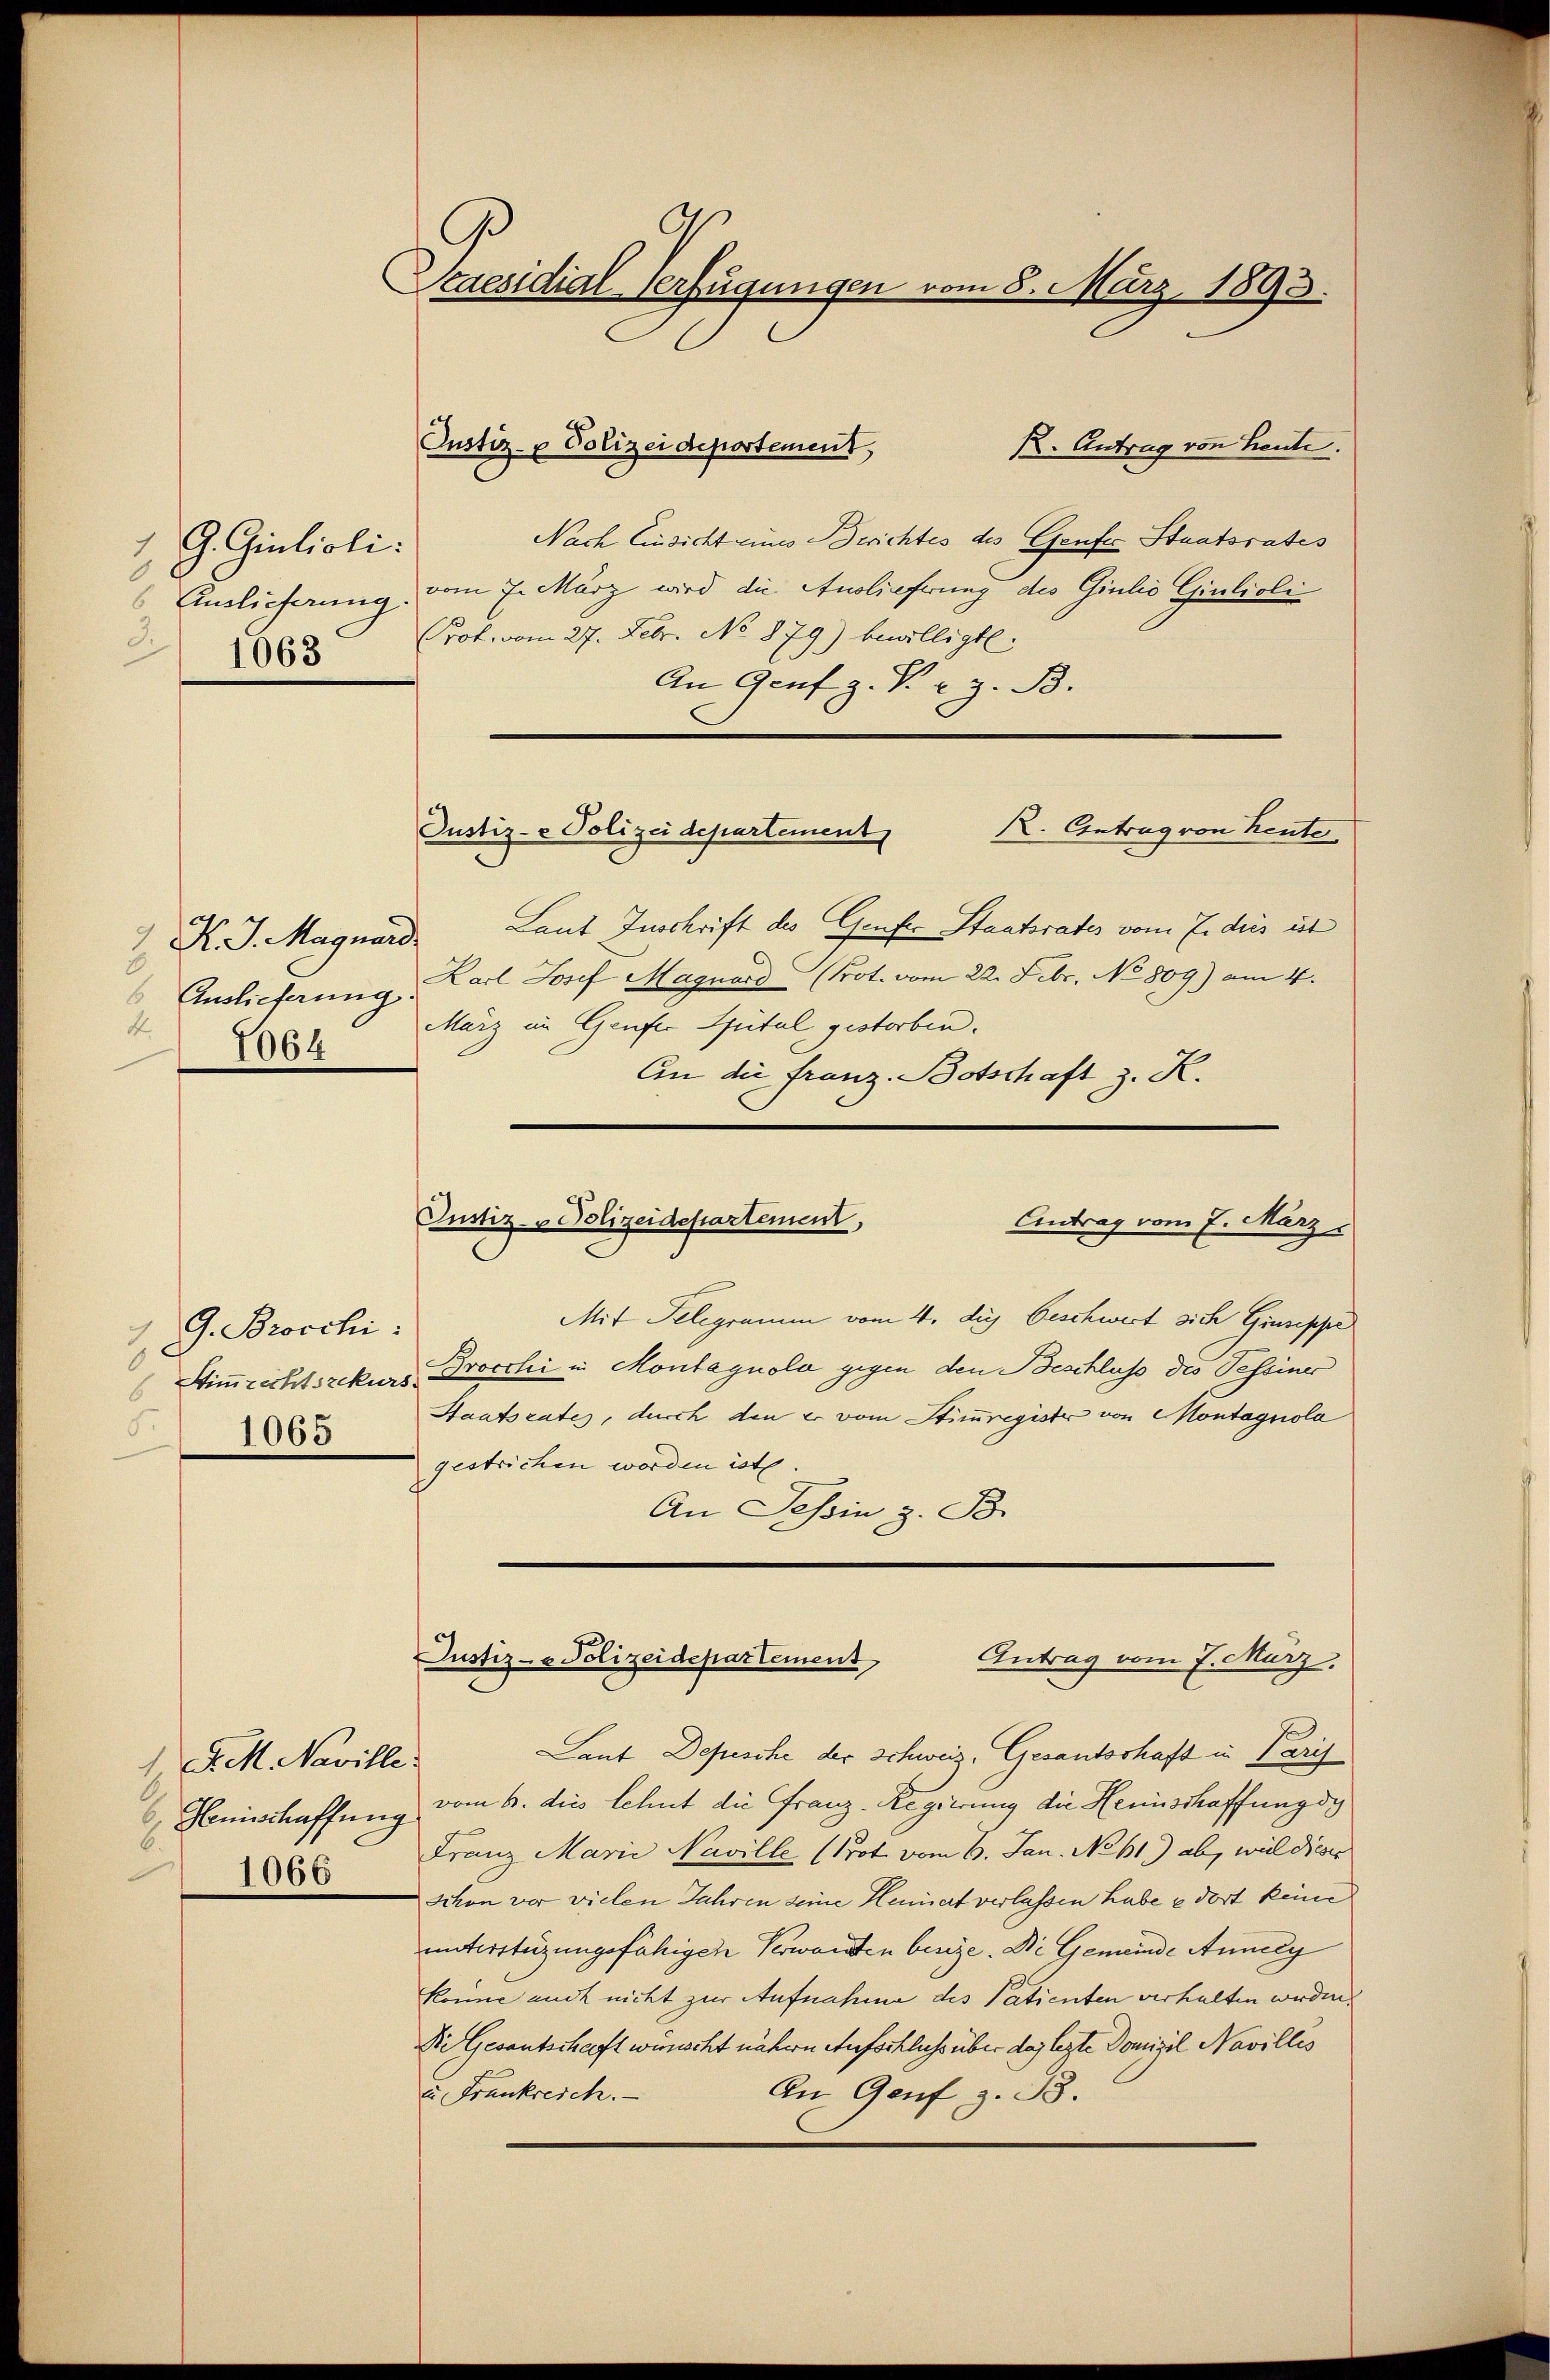
1. G. Giulioli:
Auslieferung.
3.
1063

K. J. Magnard
6 Auslieferung.
K.
1064

G. Broschi:
d
.
Stimmrechtszekurs.
5.
1065

1 J. M. Naville.
 Heinschaffung
6.
1066

Keaesidial-Verfügungen vom 8. März 1893.

1. Antrag von heute.
Nach Einsicht eines Berichtes des Genfer Staatsrates
vom 7. März wird die Auslieferung des Giulio Giulioli
Prof. vom 27. Febr. No 879) bwälligt.
An Genf z. B. u. z. B.
R. Antrag von heute
Laut Inschrift des Genfer Staatsrates vom 7. dies ist
Karl Josef Magnard Prot. vom 22. Febr. No 809) am 4.
März im Genfer Spital gestorben.
An die Franz Botschaft z. K.
Justiz- & Polizeidepartement,
Antrag vom 7. März.

Justiz- & Polizeidepartement

Justiz- & Polizei departement

Justiz- & Polizeidepartement
Antrag vom 7. März.

Mit Telegramm vom 4. des Geschwert sich Giuseppe
Brocchi in Montagnola gegen den Beschluss des Tessiner
Staatsrates, durch den er vom Stimmregister von Montagnola
gestrichen worden ist
An Tessin z. B.
Laut Depesche der Schweiz. Gesantschaft in Paris
vom 6. dies lehnt die Franz-Regierung die Heinschaffung di
Franz Marie Neville (Prot vom 6. Jan. No 11.) ab, weil dieser
schon vor vielen Jahren seine Hennert verlassen habe e dort keine
unterstüzungsfähigen Verwandten besse. Die Gemeinde Annely
könne auch nicht zur Aufnahme des Patienten verhalten werden.
Die Gesantschaft wernacht nähern Aufschluss über das lezte Domizil Navilles
An Genf z. B.
u Frankreich.